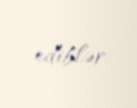
ediblər.